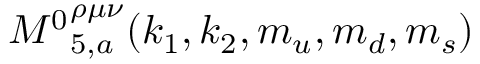
{ M ^ { 0 } } _ { 5 , a } ^ { \rho \mu \nu } ( k _ { 1 } , k _ { 2 } , m _ { u } , m _ { d } , m _ { s } )